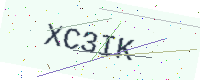
Text: XC3IK